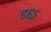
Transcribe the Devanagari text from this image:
इ६५